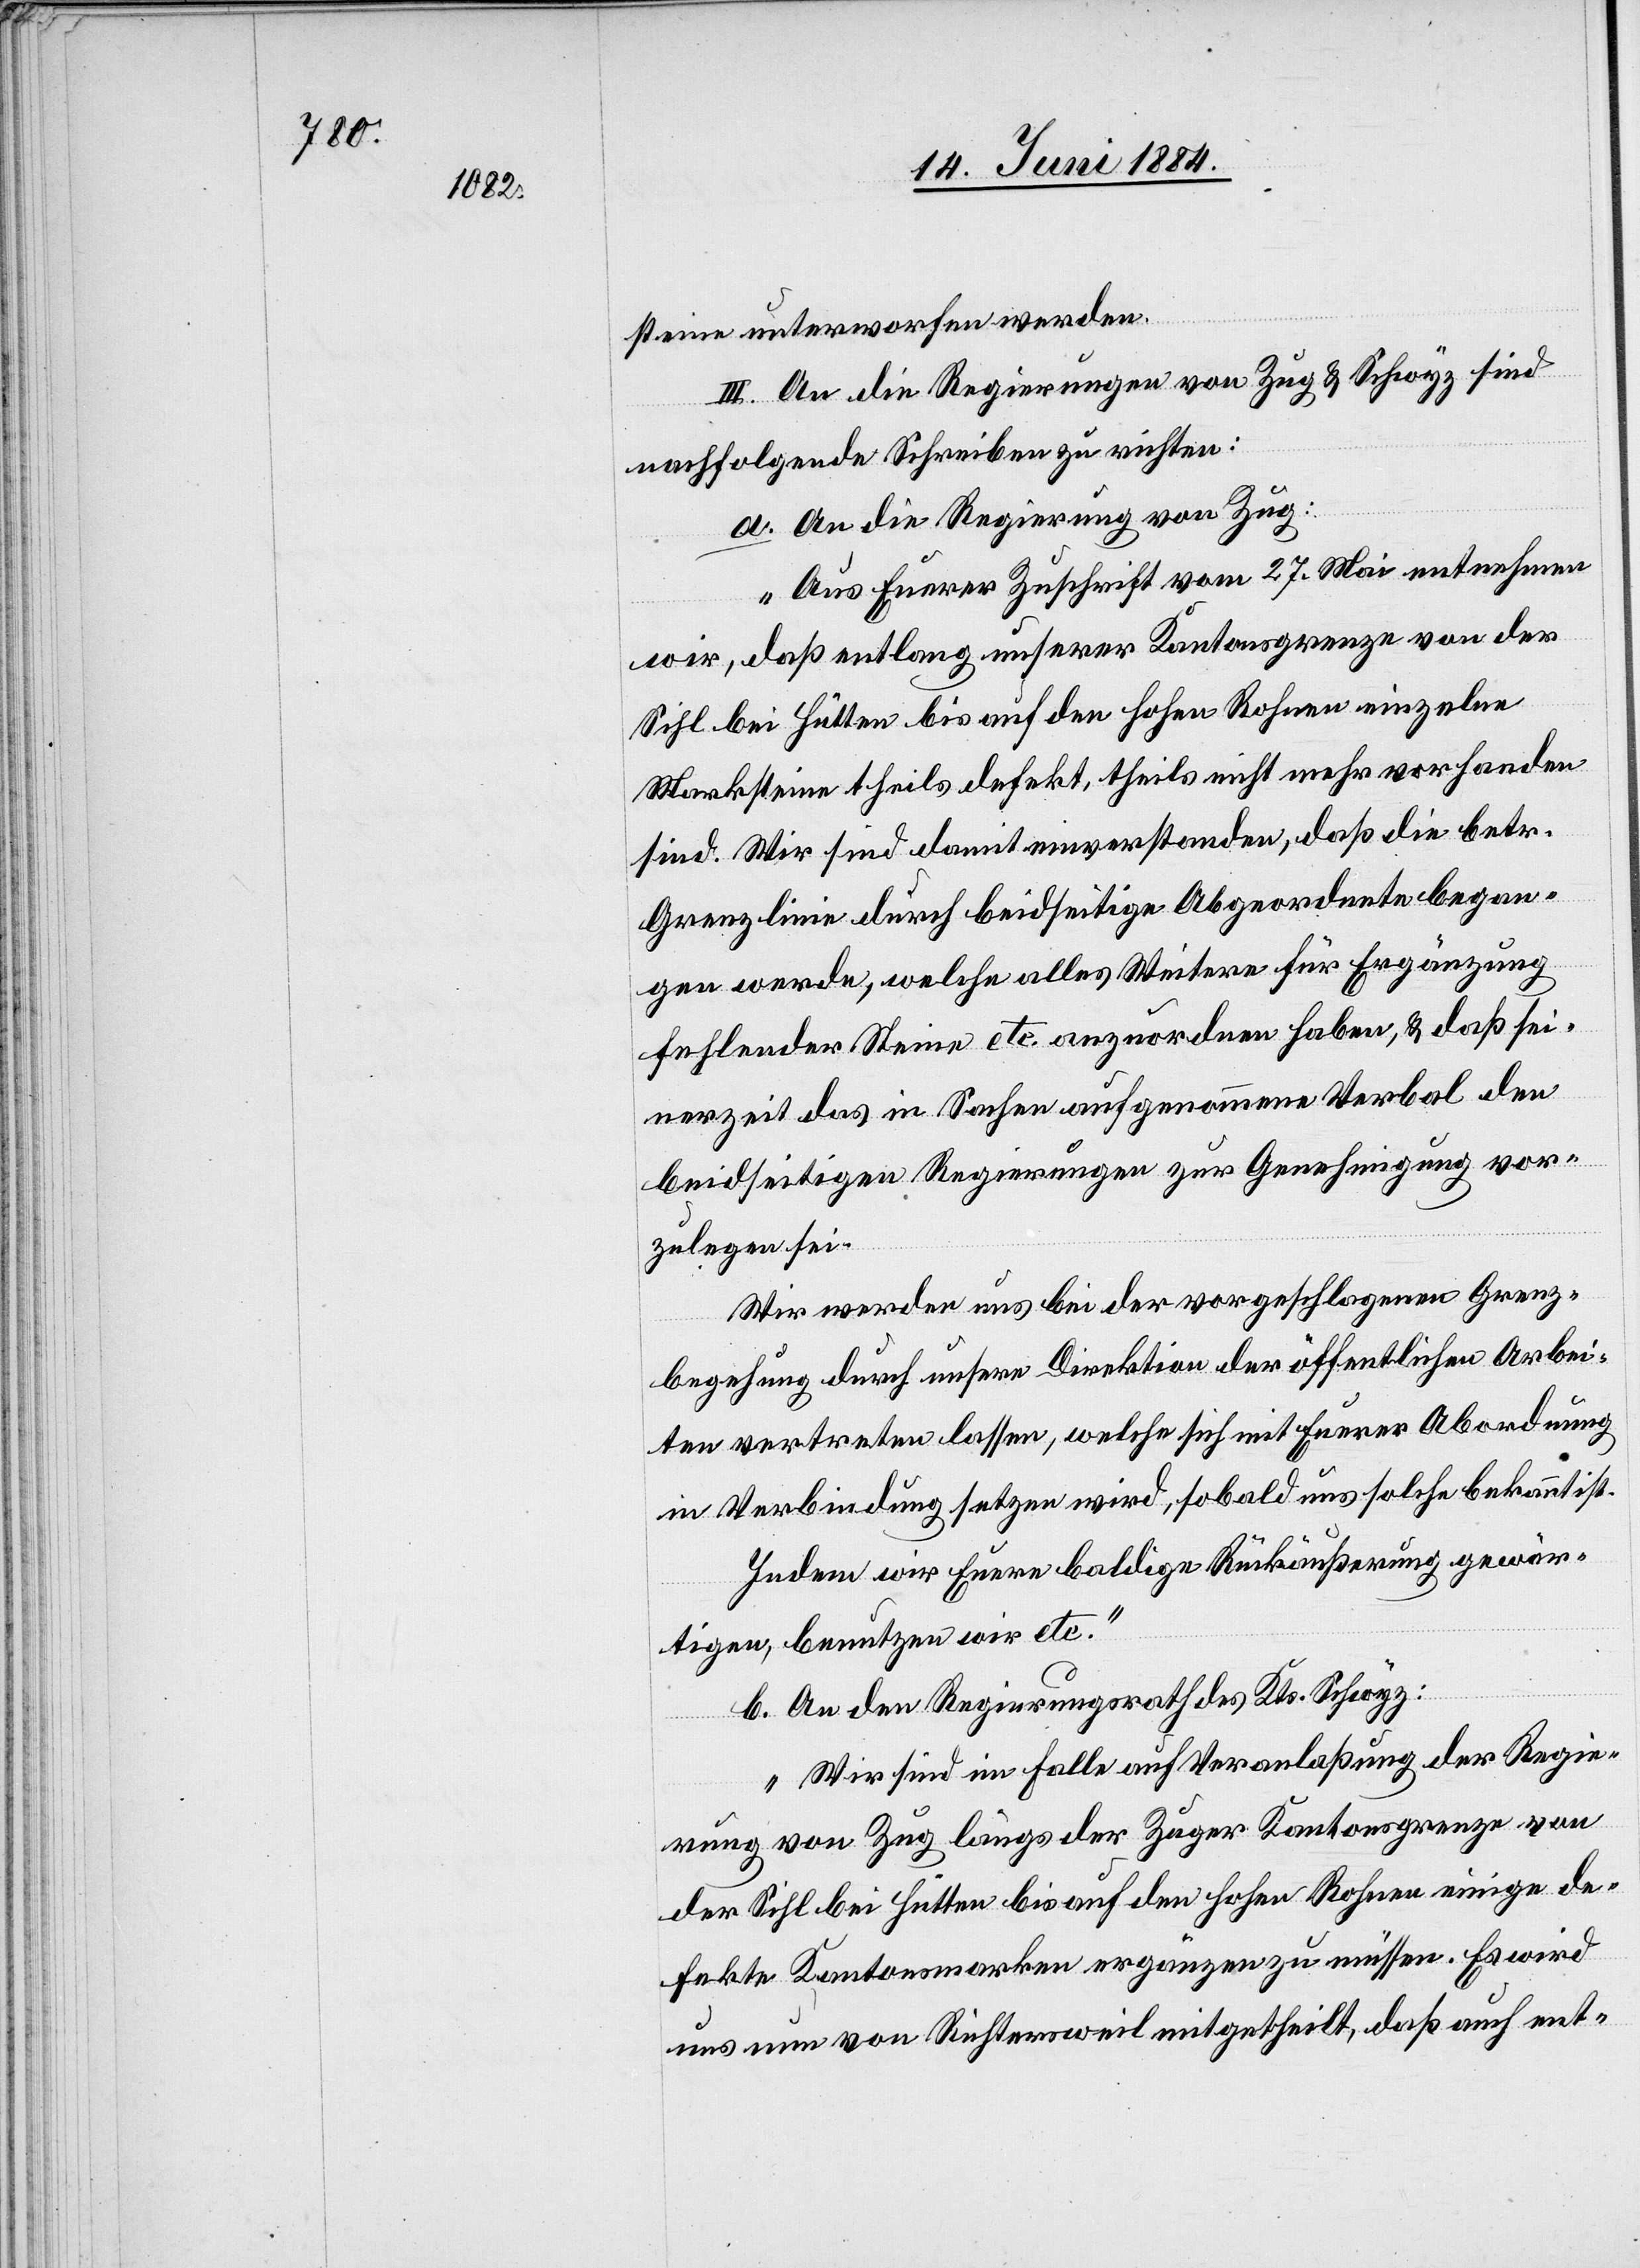
steine unterworfen werden.
III. An die Regierungen von Zug & Schwyz sind
nachfolgende Schreiben zu richten:
a. An die Regierung von Zug:
„Aus Euerer Zuschrift vom 27. Mai entnehmen
wir, daß entlang unserer Kantonsgrenze von der
Sihl bei Hütten bis auf den hohen Rohnen nicht
sind. Wir sind damit einverstanden, daß die betr.
Grenzlinie durch beidseitige Abgeordnete began¬
handen
gen werde, welche alles Weitere für Ergänzung
fehlender Steine etc. anzuordnen haben, & daß sei¬
nerzeit das in Sachen aufgenommene Verbal den
beidseitigen Regierungen zur Genehmigung vor¬
zulegen sei.
Wir werden uns bei der vorgeschlagenen Grenz¬
begehung durch unsere Direktion der öffentlichen Arbei¬
ten vertreten lassen, welche sich mit Euerer Abordnung
in Verbindung setzen wird, sobald uns solche bekannt ist.
Indem wir Euere baldige Rückäußerung gewär¬
tigen, benutzen wir etc.“
b. An den Regierungsrath des Kts. Schwyz:
„Wir sind im Falle auf Veranlaßung der Regie¬
rung von Zug längs der Zuger Kantonsgrenze von
der Sihl bei Hütten bis auf den hohen Rohnen einige de¬
fekte Kantonsmarken ergänzen zu müssen. Es wird
uns nun von Richtersweil mitgetheilt, daß auch ent-